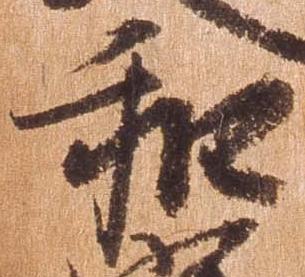
和